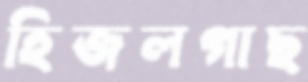
হিজলগাছ